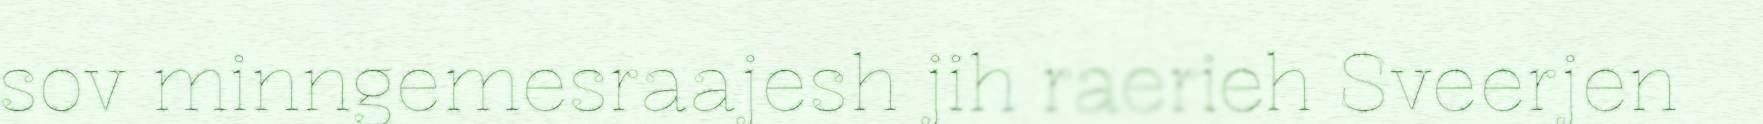
sov minngemesraajesh jih raerieh Sveerjen